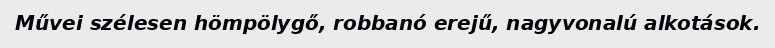
Művei szélesen hömpölygő, robbanó erejű, nagyvonalú alkotások.